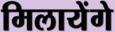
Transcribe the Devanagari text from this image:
मिलायेंगे